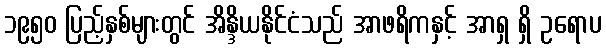
၁၉၅၀ ပြည့်နှစ်များတွင် အိန္ဒိယနိုင်ငံသည် အာဖရိကနှင့် အာရှ ရှိ ဥရောပ